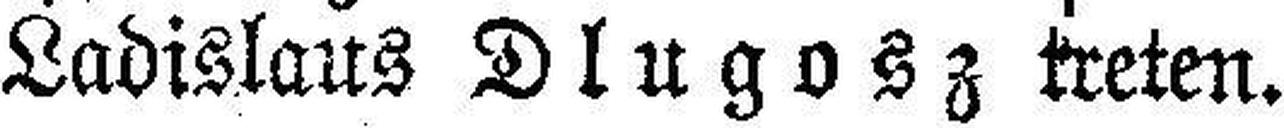
Ladislaus Dlugosz treten.